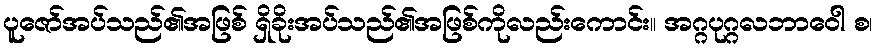
ပူဇော်အပ်သည်၏အဖြစ် ရှိခိုးအပ်သည်၏အဖြစ်ကိုလည်းကောင်း။ အဂ္ဂပုဂ္ဂလဘာဝေါ စ၊